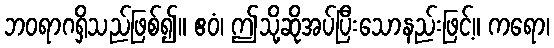
ဘဝရာဂရှိသည်ဖြစ်၍။ ဧဝံ၊ ဤသို့ဆိုအပ်ပြီးသောနည်းဖြင့်။ ကရော၊